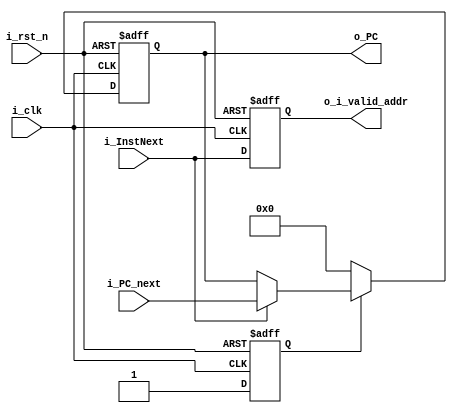
module ProgCount #(
	parameter ADDR_W = 64,
	parameter INST_W = 32,
	parameter DATA_W = 64
)(
    input               i_clk,
    input               i_rst_n, 
    input [ADDR_W-1:0]  i_PC_next,     //(PC_next),
    input               i_InstNext,    //(InstNext),
    output [ADDR_W-1:0] o_PC,          //(PC)
    output              o_i_valid_addr //(o_i_valid_addr)
);

    reg [ADDR_W-1:0] o_PC_r, o_PC_w;   //(PC)
    reg              o_i_valid_addr_r, o_i_valid_addr_w;
    
    // prevent first PC to be 0+4
    reg state, state_next;
    parameter start = 1'b0;
    parameter following = 1'b1;

    assign o_PC = o_PC_r;
    assign o_i_valid_addr = o_i_valid_addr_r;

    always @(*) begin
        o_i_valid_addr_w = i_InstNext;
        if (state == start) begin
            o_PC_w = 0;
        end else if (i_InstNext) begin
            o_PC_w = i_PC_next;
        end else begin
            o_PC_w = o_PC_r;
        end
    end

    always @(*) begin
        case (state)
            start:
                state_next = following;
            following:
                state_next = state; 
            default:
                state_next = following;
        endcase
    end

    always @(posedge i_clk or negedge i_rst_n) begin
        if (~i_rst_n) begin
            o_PC_r <= 0;
            o_i_valid_addr_r <= 0;
            state <= start;
        end else begin
            o_PC_r <= o_PC_w;
            o_i_valid_addr_r <= o_i_valid_addr_w;
            state <= state_next;
        end
    end

endmodule